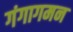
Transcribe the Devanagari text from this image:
गंगागमन